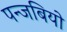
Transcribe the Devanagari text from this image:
पन्जबियो